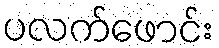
ပလက်ဖောင်း